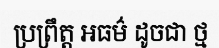
ប្រព្រឹត្ត អធម៌ ដូចជា ថ្ម